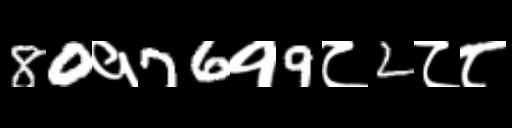
Text: 80१76१9८2८८